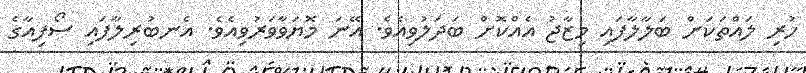
ހުރި ލައްތަކަށް ބަލާލާފައި މިޒާޖު އެއްކޮށް ބަދަލުވިއެވެ. އޭނަ މޮޔަވާވަރުވިއެވެ. އެނބުރިލާފައި ސޯފިއާގެ